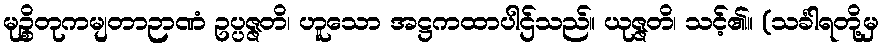
မုဉ္စိတုကမျတာဉာဏံ ဥပ္ပဇ္ဇတိ၊ ဟူသော အဋ္ဌကထာပါဌ်သည်။ ယုဇ္ဇတိ၊ သင့်၏။ (သင်္ခါရတို့မှ